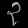
Digit: ၃